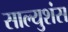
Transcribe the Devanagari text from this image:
साल्युशंस